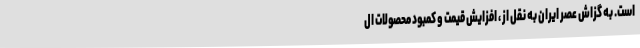
است. به گزاش عصر ایران به نقل از ، افزایش قیمت و کمبود محصولات ال